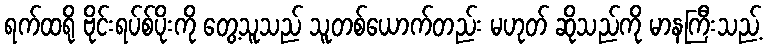
ရက်ထရို ဗိုင်းရပ်စ်ပိုးကို တွေ့သူသည် သူတစ်ယောက်တည်း မဟုတ် ဆိုသည်ကို မာနကြီးသည့်